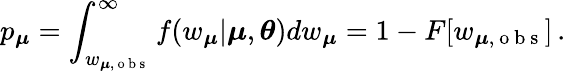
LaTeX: p_{\boldsymbol{\mu}}=\int_{w_{\boldsymbol{\mu},\mathrm{~o~b~s~}}}^{\infty}f(w_{\boldsymbol{\mu}}|\boldsymbol{\mu},\boldsymbol{\theta})dw_{\boldsymbol{\mu}}=1-F[w_{\boldsymbol{\mu},\mathrm{~o~b~s~}}]\, .